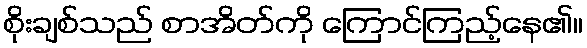
စိုးချစ်သည် စာအိတ်ကို ကြောင်ကြည့်နေ၏။